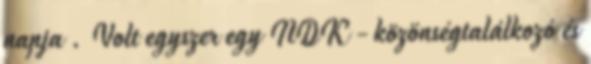
napja . Volt egyszer egy NDK - közönségtalálkozó és